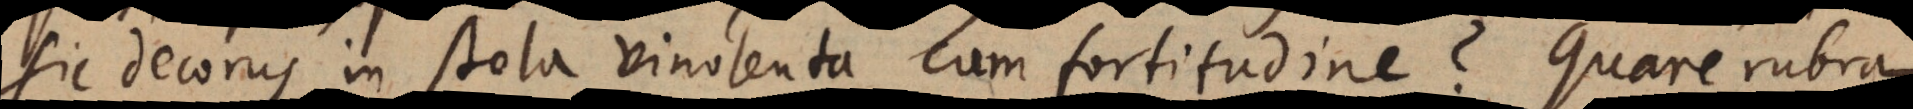
sic decorus in stola vinolenta cum fortitudine? Quare rubra